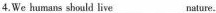
4.We humans should live___natur.